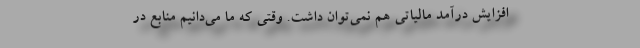
افزایش درآمد مالیاتی هم نمی‌توان داشت. وقتی كه ما می‌دانیم منابع در